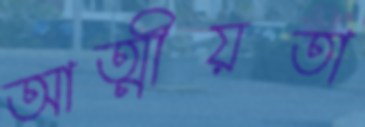
আত্মীয়তা